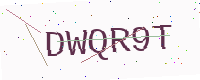
Text: DWQR9T